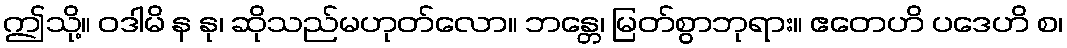
ဤသို့။ ဝဒါမိ န နု၊ ဆိုသည်မဟုတ်လော။ ဘန္တေ၊ မြတ်စွာဘုရား။ ဧတေဟိ ပဒေဟိ စ၊